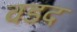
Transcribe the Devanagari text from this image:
वडद